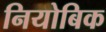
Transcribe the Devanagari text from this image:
नियोबिक